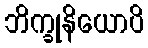
ဘိက္ခုနိယောပိ